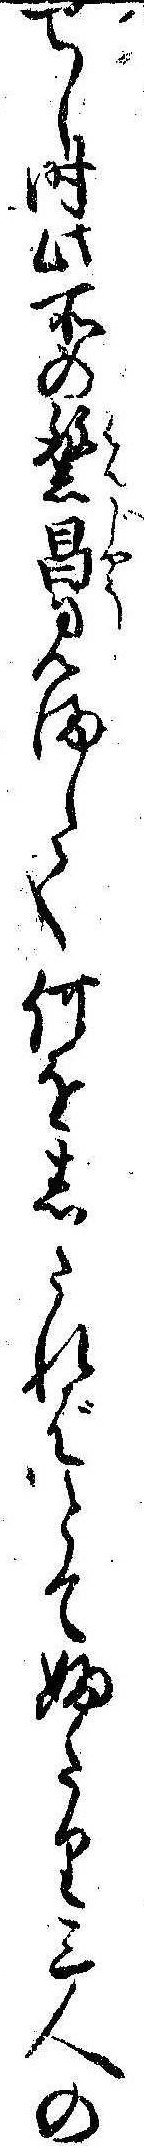
せし時此所の繁昌見まして何をしたればとてふたり三人の